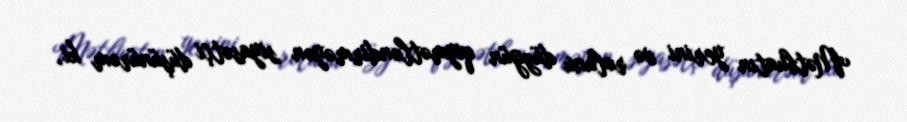
Mətbuatın yerini və rolunu düzgün qiymətləndirməyən siyasətçi düşünürəm ki,